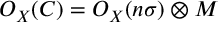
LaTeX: { \cal { O } } _ { X } ( C ) = { \cal { O } } _ { X } ( n \sigma ) \otimes { \cal { M } }